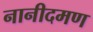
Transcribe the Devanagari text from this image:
नानीदमण